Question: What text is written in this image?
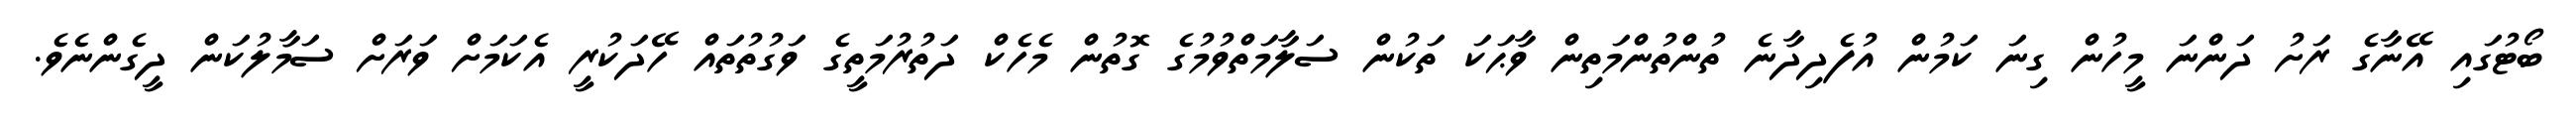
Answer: ބޯޓުގައި އޭނާގެ ރަށު ދަންނަ މީހުން ގިނަ ކަމުން އުފެދިދާނެ ތުންތުންމަތިން ވާޙަކަ ތަކުން ސަލާމަތްވުމުގެ ގޮތުން މެހެކް ދަތުރުމަތީގެ ވަގުތުތައް ހޭދަކުރީ އެކަމަށް ވަރަށް ސަމާލުކަން ދީގެންނެވެ.